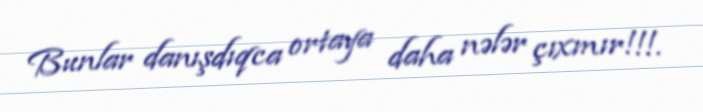
Bunlar danışdıqca ortaya daha nələr çıxmır!!!.